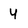
Character: 4